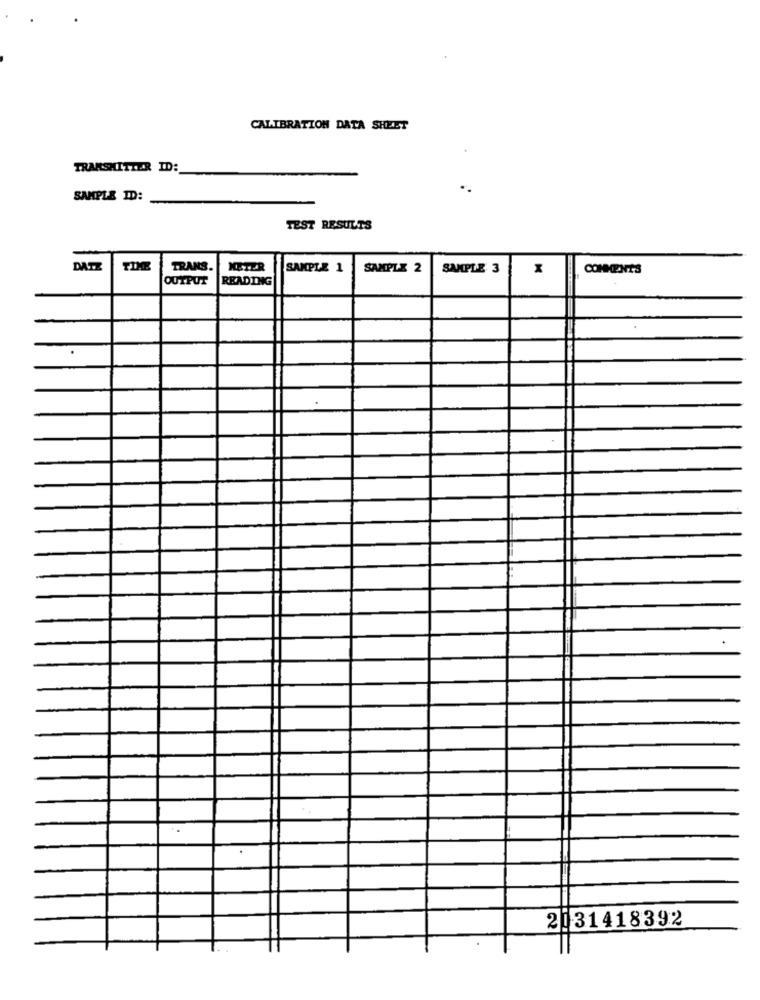
CALIBRATION DATA SHEET
TRANSMITTER ID:
SAMPLE ID:
TEST RESULTS
DATZ
TIME
TRANS
SAMPLE 1
SAMPLE 2
SAMPLE 3
CONMENTS
OUTPUT
READING
2131418392